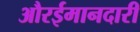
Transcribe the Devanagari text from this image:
औरईमानदारी